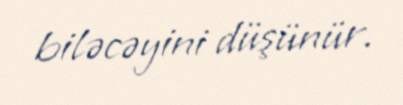
biləcəyini düşünür.